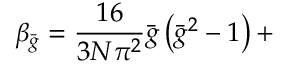
\beta _ { \bar { g } } = \frac { 1 6 } { 3 N \pi ^ { 2 } } \bar { g } \left( \bar { g } ^ { 2 } - 1 \right) +